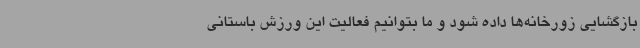
بازگشایی زورخانه‌ها داده شود و ما بتوانیم فعالیت این ورزش باستانی